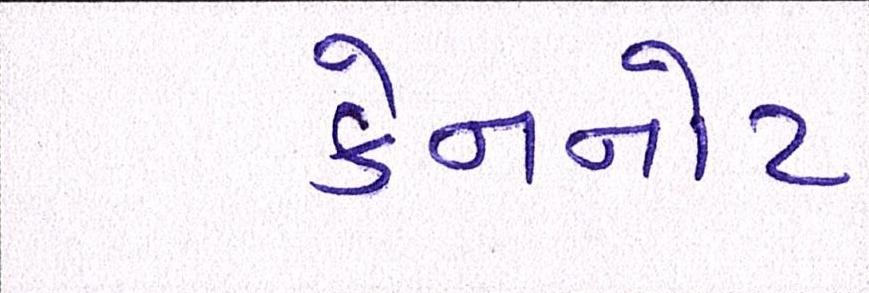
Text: કેનનોટ